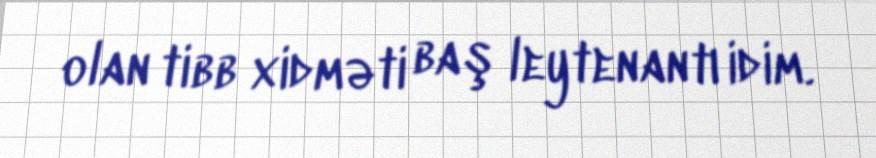
olan tibb xidməti baş leytenantı idim.